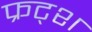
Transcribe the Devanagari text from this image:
फ्रट्श